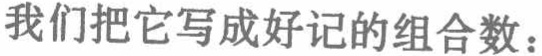
我们把它写成好记的组合数：